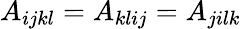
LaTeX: A_{ijkl}=A_{klij}=A_{jilk}